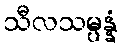
သီလသမ္ပန္နံ